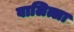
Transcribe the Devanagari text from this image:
वालित्ला